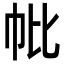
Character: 𢁦